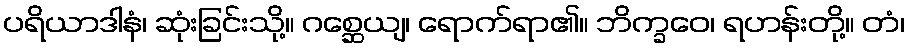
ပရိယာဒါနံ၊ ဆုံးခြင်းသို့။ ဂစ္ဆေယျ၊ ရောက်ရာ၏။ ဘိက္ခဝေ၊ ရဟန်းတို့။ တံ၊